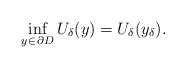
\begin{align*}\inf_{y \in\,\partial D} U_\delta(y)=U_\delta(y_\delta).\end{align*}